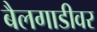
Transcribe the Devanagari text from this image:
बैलगाडीवर